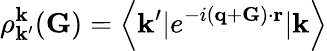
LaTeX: \rho_{\mathbf{k}^{\prime}}^{\mathbf{k}}({\mathbf{G}})=\left<\mathbf{k}^{\prime}|e^{-i({\mathbf{q}}+{\mathbf{G}})\cdot{\mathbf{r}}}|\mathbf{k}\right>